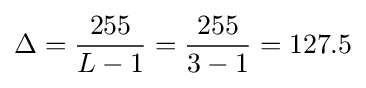
\Delta ={\frac {255}{L-1}}={\frac {255}{3-1}}=127.5